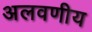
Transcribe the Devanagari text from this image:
अलवणीय